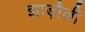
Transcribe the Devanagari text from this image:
झाड़ौली